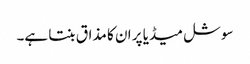
سوشل میڈیا پر ان کا مذاق بنتا ہے۔